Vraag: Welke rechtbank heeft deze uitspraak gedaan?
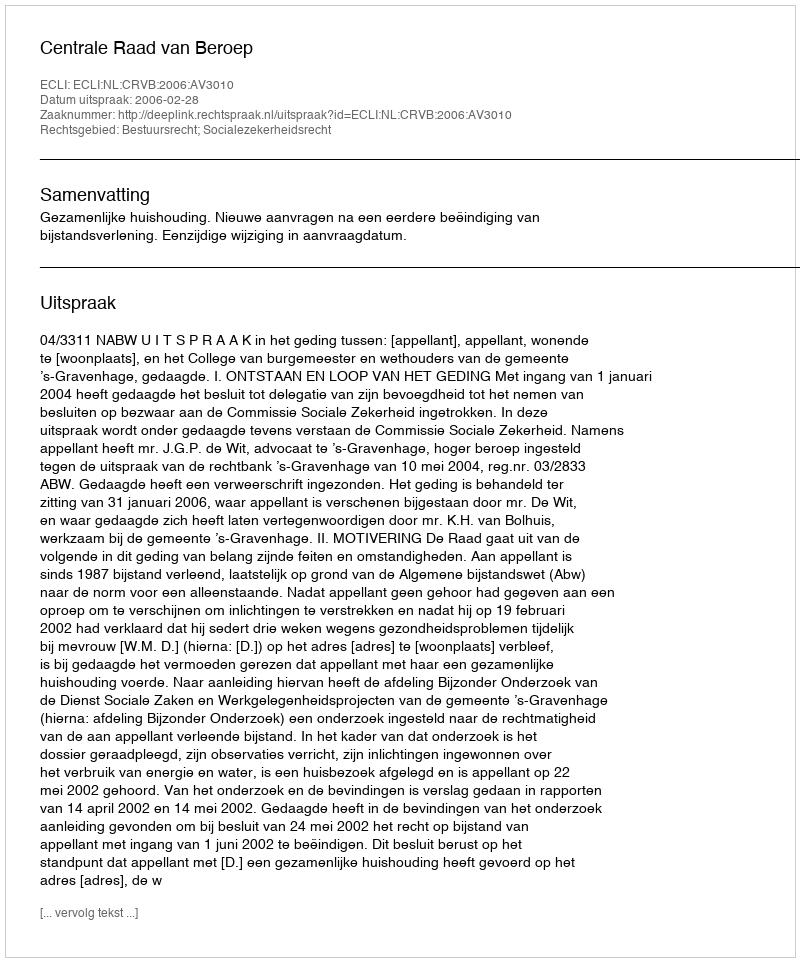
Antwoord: Centrale Raad van Beroep